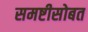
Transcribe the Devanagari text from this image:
समष्टीसोबत